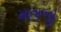
માતાજી